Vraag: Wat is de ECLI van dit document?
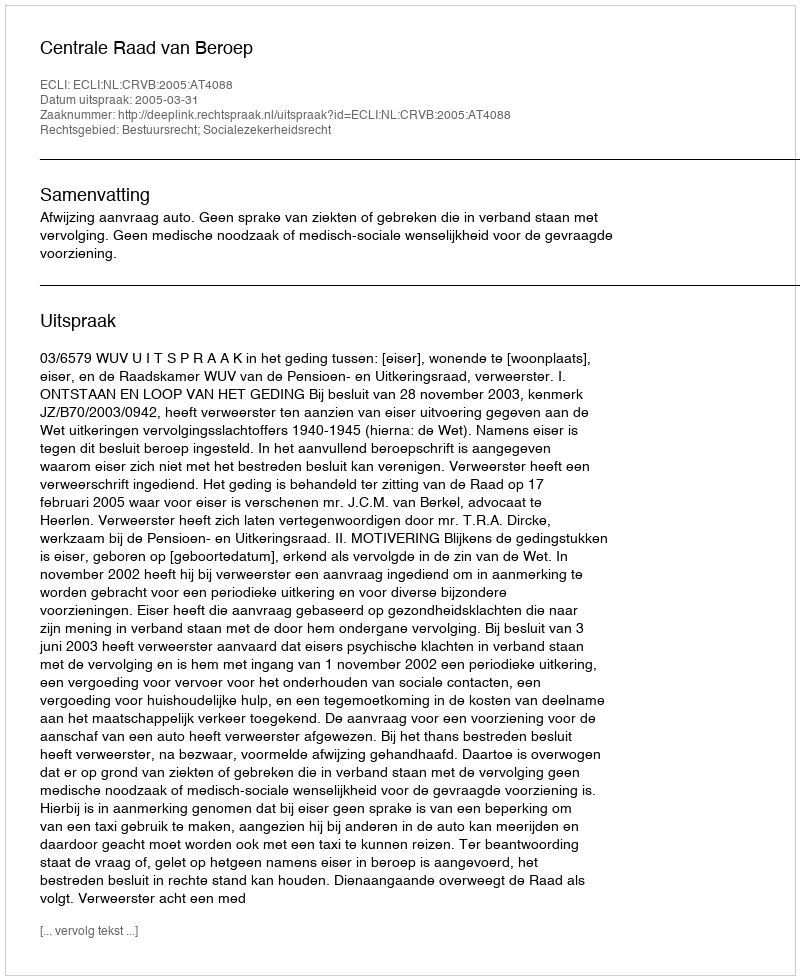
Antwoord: ECLI:NL:CRVB:2005:AT4088